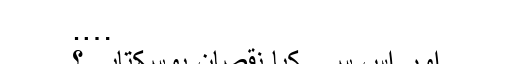
….
اور اس سے کیا نقصان ہوسکتاہے؟